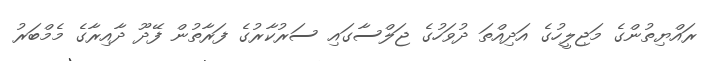
ރައްޔިތުންގެ މަޖިލީހުގެ އަދިއްތަ ދުވަހުގެ ޖަލްސާގައި ސަރުކާރުގެ ފަރާތުން ފޭދޫ ދާއިރާގެ މެމްބަރު